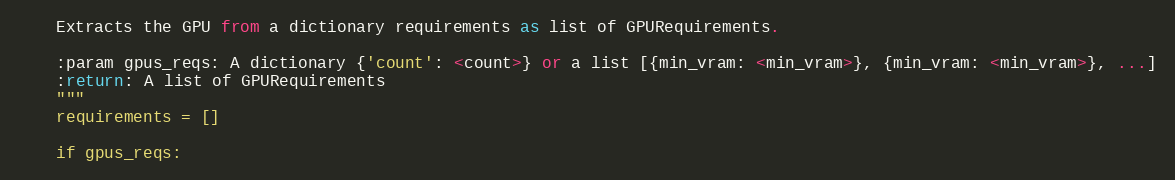
Language: Python
    Extracts the GPU from a dictionary requirements as list of GPURequirements.

    :param gpus_reqs: A dictionary {'count': <count>} or a list [{min_vram: <min_vram>}, {min_vram: <min_vram>}, ...]
    :return: A list of GPURequirements
    """
    requirements = []

    if gpus_reqs: